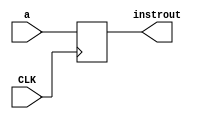
module instrReg(
    input wire CLK,
    input wire [15:0] a,
    output reg [15:0] instrout
);
always @(posedge CLK) 
begin
    instrout<=a;    
end
endmodule